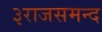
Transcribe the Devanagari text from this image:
३राजसमन्द